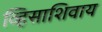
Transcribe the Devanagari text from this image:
व्हिसाशिवाय